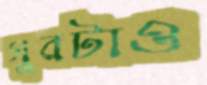
সুরটাও